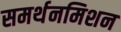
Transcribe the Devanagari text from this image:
समर्थनमिशन